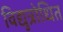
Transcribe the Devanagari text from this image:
विद्युत्रोधित